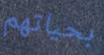
بحياتهم